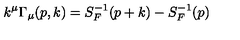
k ^ { \mu } \Gamma _ { \mu } ( p , k ) = S _ { F } ^ { - 1 } ( p + k ) - S _ { F } ^ { - 1 } ( p )